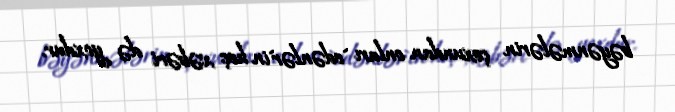
bəyənmələrin çoxundan onları `edənlər`in heç xəbəri də yoxdur.